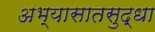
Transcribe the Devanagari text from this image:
अभ्यासातसुद्धा